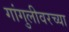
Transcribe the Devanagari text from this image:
गांगुलीवरच्या